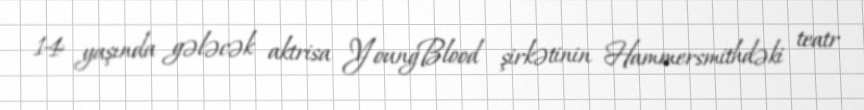
14 yaşında gələcək aktrisa YoungBlood şirkətinin Hammersmithdəki teatr